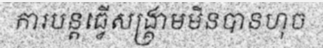
ការបន្តធ្វើសង្គ្រាមមិនបានហុច